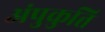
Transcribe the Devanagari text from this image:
अंपुकुत्ति